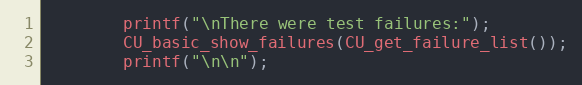
Language: C
        printf("\nThere were test failures:");
        CU_basic_show_failures(CU_get_failure_list());
        printf("\n\n");